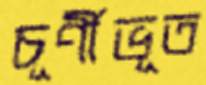
চূর্ণীভূত